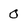
Character: 0